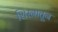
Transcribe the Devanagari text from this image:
शिस्नातून